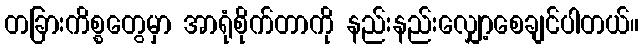
တခြားကိစ္စတွေမှာ အာရုံစိုက်တာကို နည်းနည်းလျှော့စေချင်ပါတယ်။